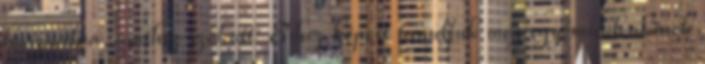
használná, amihez szokott. Ehhez képest tanuljuk meg egy mindenkinek